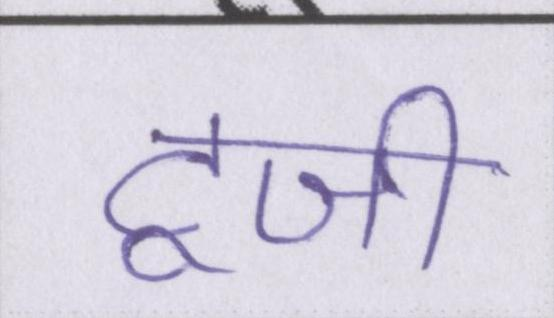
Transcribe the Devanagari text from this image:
टूजी